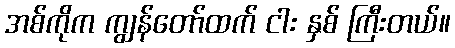
အစ်ကိုက ကျွန်တော်ထက် ငါး နှစ် ကြီးတယ်။